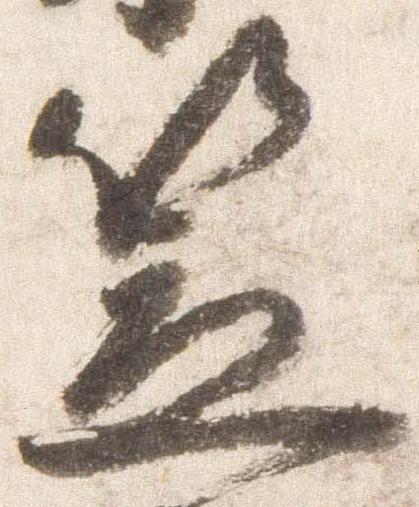
笠